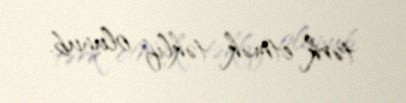
tərk etmək təklif olunub.